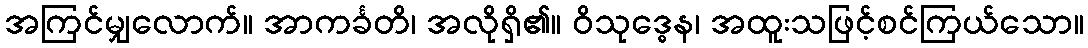
အကြင်မျှလောက်။ အာကင်္ခတိ၊ အလိုရှိ၏။ ဝိသုဒ္ဓေန၊ အထူးသဖြင့်စင်ကြယ်သော။